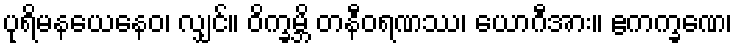
ပုရိမနယေနေဝ၊ လျှင်။ ဝိက္ခမ္ဘိ တနီဝရဏဿ၊ ယောဂီအား။ ဧကက္ခဏေ၊